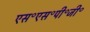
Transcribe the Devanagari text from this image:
एस॰एस॰पी॰जी॰